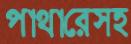
পাথারেসহ